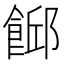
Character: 𩜞